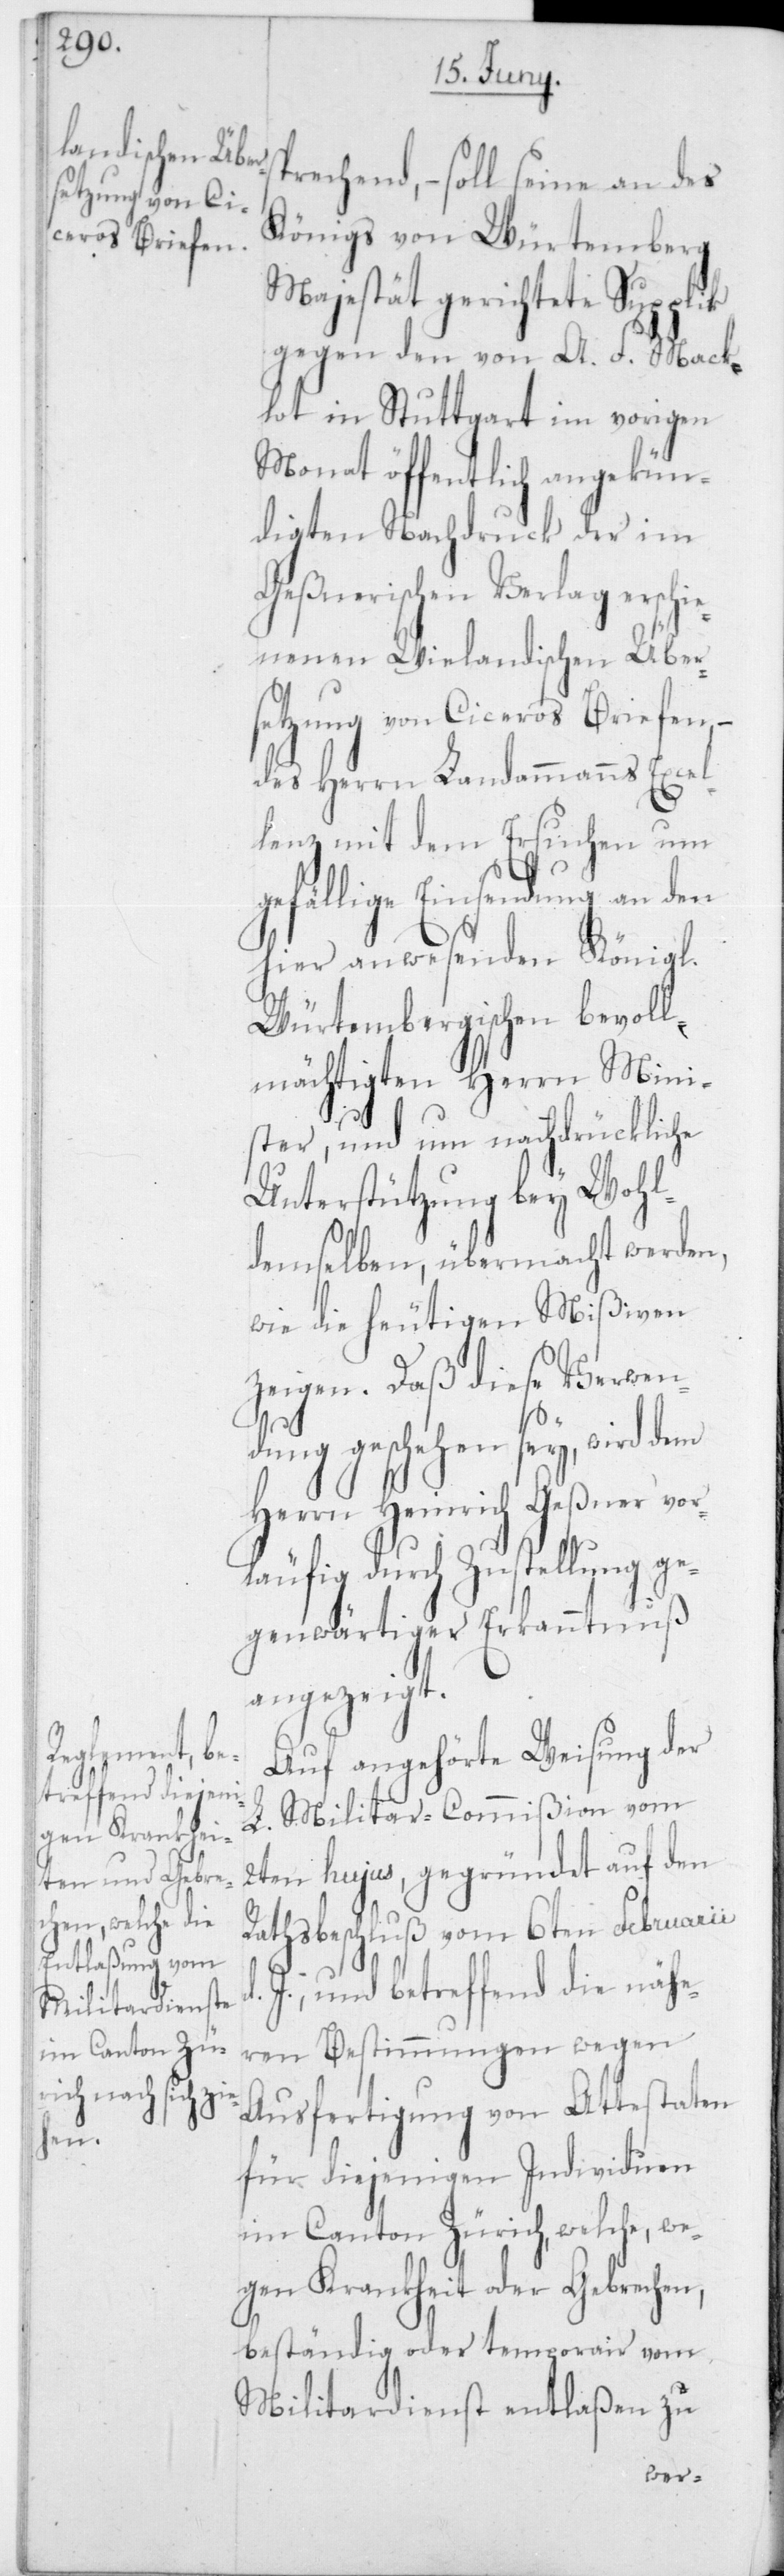
lag erschie¬
ge¬

prechend – soll seine an des
Königs von Würtemberg
Majestät gerichtete Supplik
gegen den von A. F. Mack¬
lot in Stuttgart im vorigen
Monat öffentlich angekün¬
digten Nachdruck der im
Geßnerischen Ver¬
nenen Wielandischen Über¬
setzung von Ciceros Briefen,
des Herrn Landammanns Excel¬
lenz mit dem Ersuchen um
fällige Einsendung an
hier anwesenden Königl.
Würtembergischen bevoll¬
mächtigen Herrn Mini¬
ster, und um nächdrückliche
Unterstützung bey Wohl¬
demselben, übermacht werden,
wie die heutigen Mißiven
zeigen. Daß diese Verwen¬
s¬
dung geschehen sey, wird dem
Herrn Heinrich Geßner vo¬
rläufig durch Zustellung ge¬
genwärtiger Erkanntnuß
angezeigt.
Auf angehörte Weisung der
L. Militar-Commißion vom
2ten hujus, gegründet auf den
Rathsbeschluß vom 6ten Februarii
J., und betreffend die nähe¬
ren Bestimmungen wegen
Ausfertigung von Attestaten
für diejenigen Individuen
im Canton Zürich, welche, we¬
gen Krankheit oder Gebrechen,
beständig oder temporair vom
Militardienst entlaßen zu